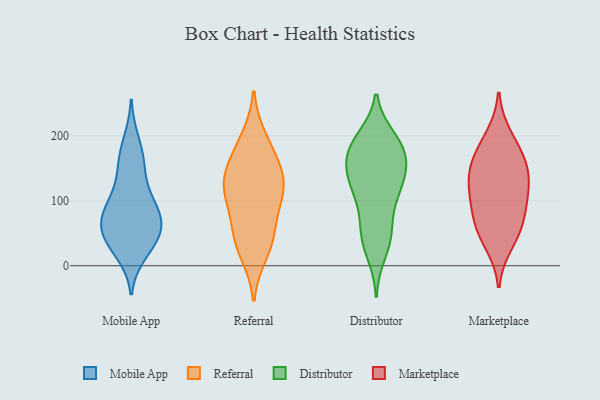
{"axis": {"x": "Operating Costs (USD K)", "y": "Value"}, "legend": ["Distributor", "Marketplace", "Mobile App", "Referral"], "data": [{"x": "", "y": 132, "type": "Mobile App"}, {"x": "", "y": 160, "type": "Mobile App"}, {"x": "", "y": 92, "type": "Mobile App"}, {"x": "", "y": 92, "type": "Mobile App"}, {"x": "", "y": 65, "type": "Mobile App"}, {"x": "", "y": 192, "type": "Mobile App"}, {"x": "", "y": 92, "type": "Mobile App"}, {"x": "", "y": 49, "type": "Mobile App"}, {"x": "", "y": 20, "type": "Mobile App"}, {"x": "", "y": 33, "type": "Mobile App"}, {"x": "", "y": 162, "type": "Mobile App"}, {"x": "", "y": 80, "type": "Mobile App"}, {"x": "", "y": 58, "type": "Mobile App"}, {"x": "", "y": 57, "type": "Mobile App"}, {"x": "", "y": 36, "type": "Mobile App"}, {"x": "", "y": 68, "type": "Referral"}, {"x": "", "y": 139, "type": "Referral"}, {"x": "", "y": 155, "type": "Referral"}, {"x": "", "y": 19, "type": "Referral"}, {"x": "", "y": 119, "type": "Referral"}, {"x": "", "y": 37, "type": "Referral"}, {"x": "", "y": 125, "type": "Referral"}, {"x": "", "y": 178, "type": "Referral"}, {"x": "", "y": 46, "type": "Referral"}, {"x": "", "y": 117, "type": "Referral"}, {"x": "", "y": 196, "type": "Referral"}, {"x": "", "y": 102, "type": "Referral"}, {"x": "", "y": 145, "type": "Distributor"}, {"x": "", "y": 115, "type": "Distributor"}, {"x": "", "y": 45, "type": "Distributor"}, {"x": "", "y": 165, "type": "Distributor"}, {"x": "", "y": 117, "type": "Distributor"}, {"x": "", "y": 188, "type": "Distributor"}, {"x": "", "y": 171, "type": "Distributor"}, {"x": "", "y": 131, "type": "Distributor"}, {"x": "", "y": 19, "type": "Distributor"}, {"x": "", "y": 106, "type": "Distributor"}, {"x": "", "y": 197, "type": "Distributor"}, {"x": "", "y": 47, "type": "Distributor"}, {"x": "", "y": 130, "type": "Distributor"}, {"x": "", "y": 44, "type": "Distributor"}, {"x": "", "y": 155, "type": "Distributor"}, {"x": "", "y": 74, "type": "Distributor"}, {"x": "", "y": 190, "type": "Distributor"}, {"x": "", "y": 166, "type": "Distributor"}, {"x": "", "y": 191, "type": "Distributor"}, {"x": "", "y": 77, "type": "Marketplace"}, {"x": "", "y": 56, "type": "Marketplace"}, {"x": "", "y": 116, "type": "Marketplace"}, {"x": "", "y": 151, "type": "Marketplace"}, {"x": "", "y": 34, "type": "Marketplace"}, {"x": "", "y": 177, "type": "Marketplace"}, {"x": "", "y": 118, "type": "Marketplace"}, {"x": "", "y": 142, "type": "Marketplace"}, {"x": "", "y": 200, "type": "Marketplace"}, {"x": "", "y": 160, "type": "Marketplace"}, {"x": "", "y": 103, "type": "Marketplace"}, {"x": "", "y": 62, "type": "Marketplace"}]}